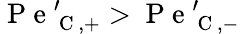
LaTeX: \mathrm{~P~e~}_{\mathrm{~C~},+}^{\prime}>\mathrm{~P~e~}_{\mathrm{~C~},-}^{\prime}